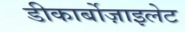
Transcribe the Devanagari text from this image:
डीकार्बोज़ाइलेट